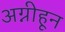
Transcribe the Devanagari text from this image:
अग्नीहून